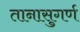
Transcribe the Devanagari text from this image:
तानासुगर्ण